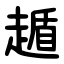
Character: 䞺